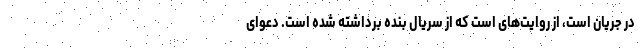
در جریان است، از روایت‌های است که از سریال بنده برداشته شده است. دعوای